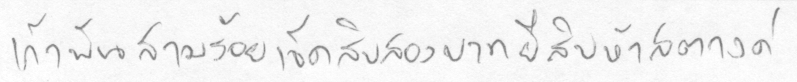
เก้าพันสามร้อยเจ็ดสิบสองบาทยี่สิบห้าสตางค์